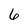
Character: 6